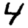
Digit: 4